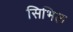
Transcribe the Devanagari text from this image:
सिभिल